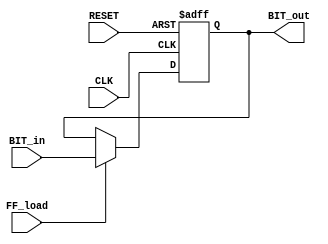
`timescale 1ns / 1ps
//////////////////////////////////////////////////////////////////////////////////
// Company: 
// Engineer: 
// 
// Design Name: 
// Module Name:    FlipFlop 
// Project Name: 
// Target Devices: 
// Tool versions: 
// Description: 
//
// Dependencies: 
//
// Revision: 
// Revision 0.01 - File Created
// Additional Comments: 
//
//////////////////////////////////////////////////////////////////////////////////
module FlipFlop(
    input CLK,
    input RESET,
    input BIT_in,
    input FF_load,
    output reg BIT_out
    );
	always @ (posedge CLK or negedge RESET)
	begin
		if(RESET == 0)
			BIT_out <= 1'b0;
		else if(FF_load == 1)
			BIT_out <= BIT_in;
	end
endmodule